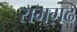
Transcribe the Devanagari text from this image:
रामग़ढ